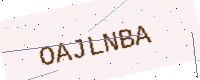
Text: OAJLNBA